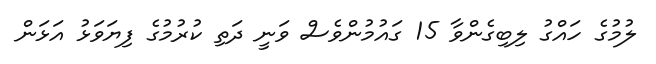
ލުމުގެ ހައްގު ލިބިގެންވާ 15 ގައުމުންވެސް ވަނީ ދަތި ކުރުމުގެ ފިޔަވަޅު އަޅަން